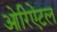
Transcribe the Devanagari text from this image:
ओरिऐंटल